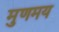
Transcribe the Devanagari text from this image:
मुणमय